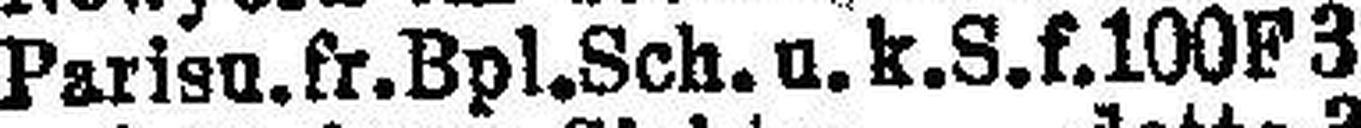
Parisu. fr. Bpl. Sch. u. k. S. f. 100F 3